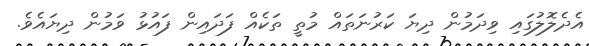
އެދެލޮލުގައި ވިދަމުން ދިޔަ ކަރުނަތައް މުތީ ތަކެއް ފަދައިން ފައުޅު ވަމުން ދިޔައެވެ.